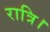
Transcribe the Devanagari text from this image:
रात्रि।